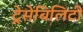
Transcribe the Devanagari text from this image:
ट्रेसेबिलिटी